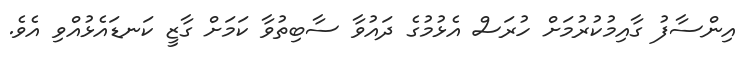
އިންސާފު ގާއިމުކުރުމަށް ހުރަސް އެޅުމުގެ ދައުވާ ސާބިތުވާ ކަމަށް ގާޒީ ކަނޑައެޅުއްވި އެވެ.